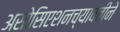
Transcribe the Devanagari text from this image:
असोसिएशनच्यावतीने